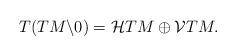
LaTeX: \begin{align*}T(TM\backslash 0) = \mathcal{H}TM\oplus\mathcal{V}TM. \end{align*}